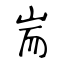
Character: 耑